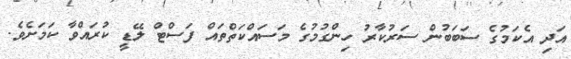
އަދި އެކަމުގެ ސަބަބުން ސަރުކާރު ހިންގުމުގެ މަސައްކަތްތައް ފަސްޓް ލޭޑީ ކުރައްވާ ކަމަށެވެ.